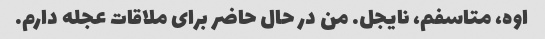
اوه، متاسفم، نایجل. من در حال حاضر برای ملاقات عجله دارم.